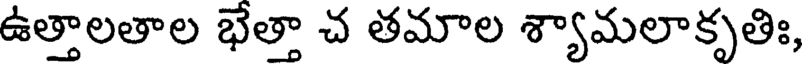
ఉత్తాలతాల భేత్తా చ తమాల శ్యామలాకృతిః,